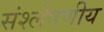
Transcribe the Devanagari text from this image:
संश्लेषणीय